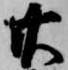
廿